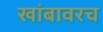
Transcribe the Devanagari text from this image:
खांबावरच